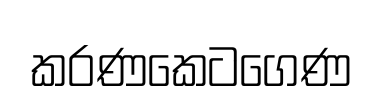
කරණකෙටගෙණ